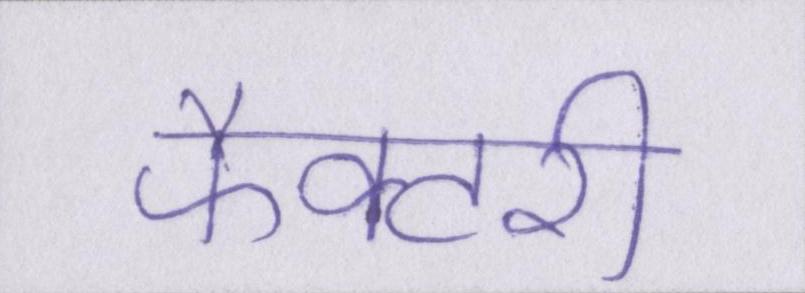
फैक्टरी